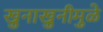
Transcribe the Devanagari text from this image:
खुनाखुनीमुळे